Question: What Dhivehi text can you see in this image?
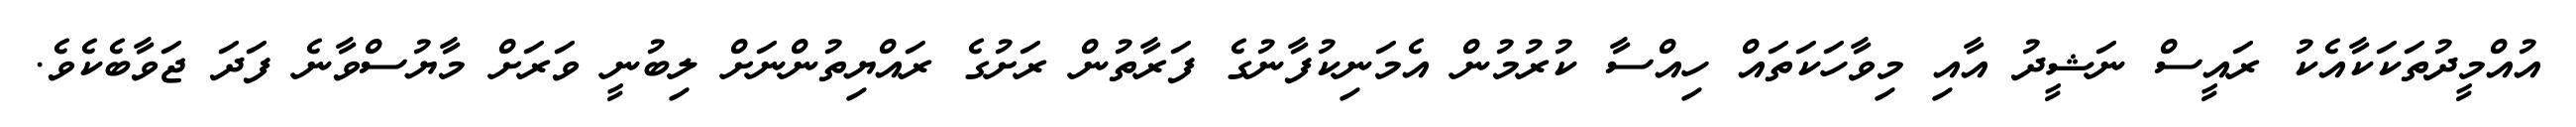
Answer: އުއްމީދުތަކަކާއެކު ރައީސް ނަޝީދު އާއި މިވާހަކަތައް ހިއްސާ ކުރުމުން އެމަނިކުފާނުގެ ފަރާތުން ރަށުގެ ރައްޔިތުންނަށް ލިބުނީ ވަރަށް މާޔުސްވާނެ ފަދަ ޖަވާބެކެވެ.